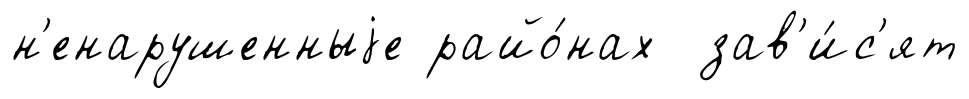
н'енарушенныjе райо́нах зав'и́с'ят